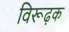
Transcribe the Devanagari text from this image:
विरूढ़क